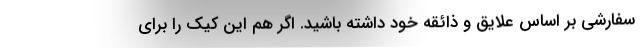
سفارشی بر اساس علایق و ذائقه خود داشته باشید. اگر هم این کیک را برای